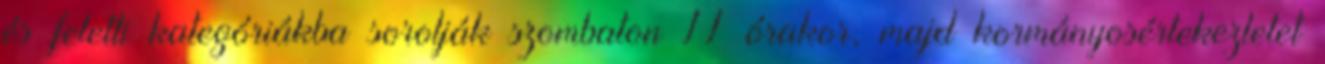
és feletti kategóriákba sorolják szombaton 11 órakor, majd kormányosértekezletet